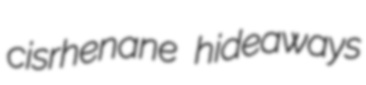
cisrhenane hideaways